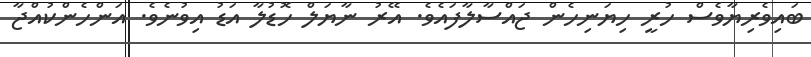
ބައިވެރިޔާވެސް ހުރީ ހިޔަނިހެން ޖައްސާލާފައެވެ. އޭރު ނާޔަލް ހޮޑުލާ އަޑު އިވުނެވެ. އަންހެންކުއްޖާ